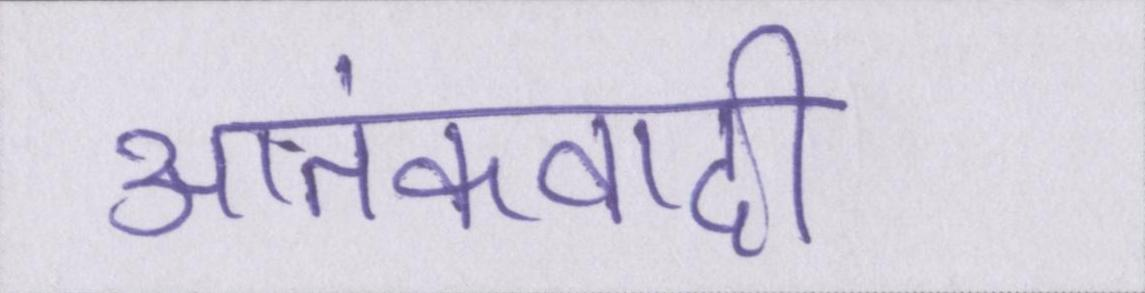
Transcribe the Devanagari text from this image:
आतंकवादी